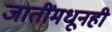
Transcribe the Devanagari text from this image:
जातींमधूनही